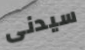
سيدنى